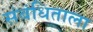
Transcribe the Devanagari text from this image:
संबंधिताला